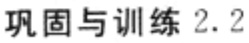
巩固与训练 2.2